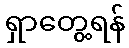
ရှာတွေ့ရန်